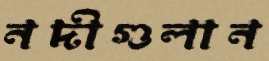
নদীগুলান